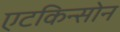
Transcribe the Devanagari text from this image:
एटकिन्सोन